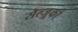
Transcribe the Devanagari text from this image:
सेल्जूकों